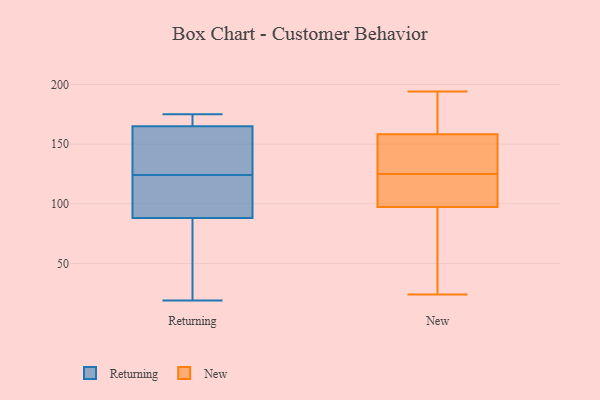
{"axis": {"x": "Conversion Rate (%)", "y": "Value"}, "legend": ["New", "Returning"], "data": [{"x": "", "y": 164, "type": "Returning"}, {"x": "", "y": 27, "type": "Returning"}, {"x": "", "y": 76, "type": "Returning"}, {"x": "", "y": 92, "type": "Returning"}, {"x": "", "y": 175, "type": "Returning"}, {"x": "", "y": 168, "type": "Returning"}, {"x": "", "y": 124, "type": "Returning"}, {"x": "", "y": 164, "type": "Returning"}, {"x": "", "y": 117, "type": "Returning"}, {"x": "", "y": 121, "type": "Returning"}, {"x": "", "y": 168, "type": "Returning"}, {"x": "", "y": 142, "type": "Returning"}, {"x": "", "y": 19, "type": "Returning"}, {"x": "", "y": 24, "type": "New"}, {"x": "", "y": 135, "type": "New"}, {"x": "", "y": 164, "type": "New"}, {"x": "", "y": 176, "type": "New"}, {"x": "", "y": 104, "type": "New"}, {"x": "", "y": 95, "type": "New"}, {"x": "", "y": 194, "type": "New"}, {"x": "", "y": 108, "type": "New"}, {"x": "", "y": 29, "type": "New"}, {"x": "", "y": 53, "type": "New"}, {"x": "", "y": 141, "type": "New"}, {"x": "", "y": 185, "type": "New"}, {"x": "", "y": 125, "type": "New"}, {"x": "", "y": 136, "type": "New"}, {"x": "", "y": 121, "type": "New"}]}